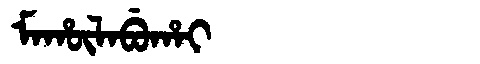
Manchu: ᠮᠠᡥᡡᠯᠠᠪᡠᡥᠠᡳ
Romanization: MAHŪLABUHAI